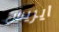
ايريس